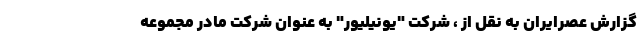
گزارش عصرایران به نقل از ، شرکت "یونیلیور" به عنوان شرکت مادر مجموعه